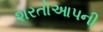
શરતોઆપની